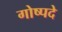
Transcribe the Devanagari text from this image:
गोष्पदे